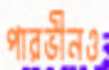
পারভীনও